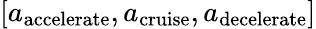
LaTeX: [{a_{\mathrm{{accelerate}}}},{a_{\mathrm{{cruise}}}},{a_{\mathrm{{decelerate}}}}]